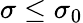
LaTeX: \sigma\leq\sigma_{0}